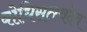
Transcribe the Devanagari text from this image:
बोधिसत्त्वदेव